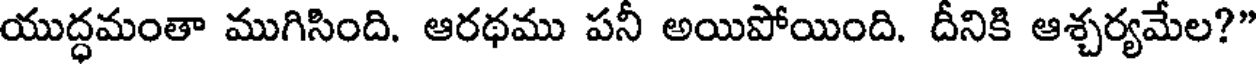
యుద్ధమంతా ముగిసింది. ఆరథము పనీ అయిపోయింది. దీనికి ఆశ్చర్యమేల?"